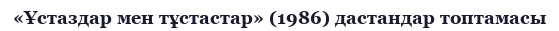
«Ұстаздар мен тұстастар» (1986) дастандар топтамасы